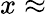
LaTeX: x\approx